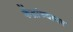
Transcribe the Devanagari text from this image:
केंद्रांच्यावर